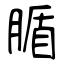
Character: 腯